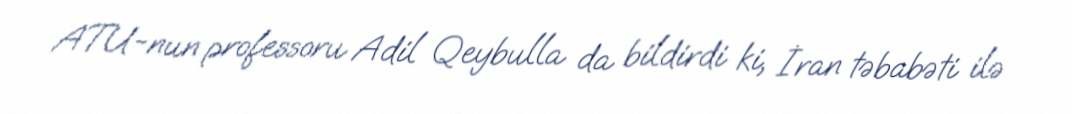
ATU-nun professoru Adil Qeybulla da bildirdi ki, İran təbabəti ilə